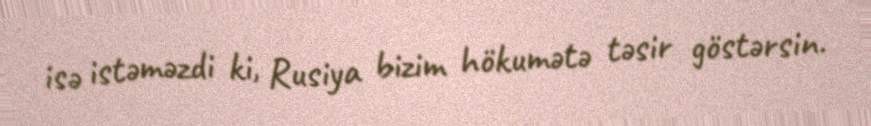
isə istəməzdi ki, Rusiya bizim hökumətə təsir göstərsin.